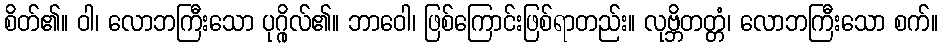
စိတ်၏။ ဝါ၊ လောဘကြီးသော ပုဂ္ဂိုလ်၏။ ဘာဝေါ၊ ဖြစ်ကြောင်းဖြစ်ရာတည်း။ လုဗ္ဘိတတ္တံ၊ လောဘကြီးသော စက်။